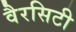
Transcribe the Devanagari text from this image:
वैरसिटी